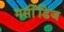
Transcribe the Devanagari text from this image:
मर्सीडिज